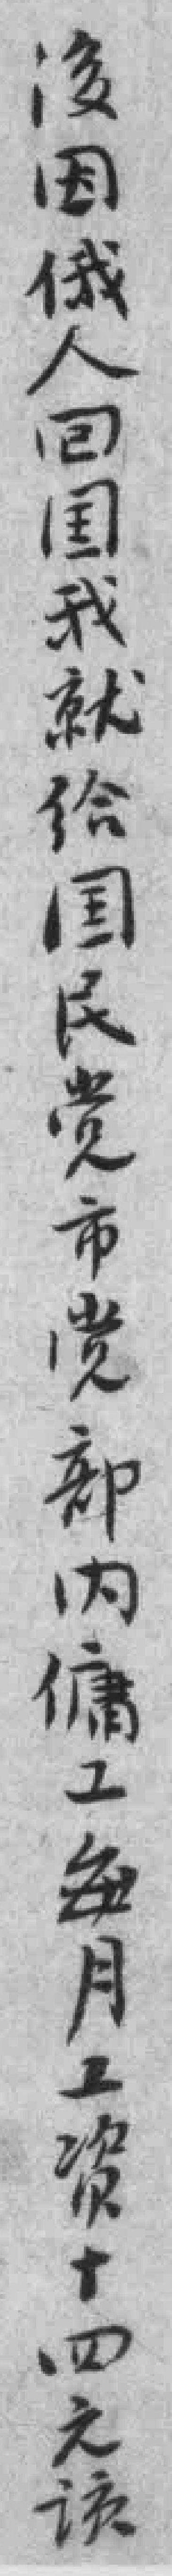
後因俄人回国我就给国民党市党部内傭工每月工资十四元该